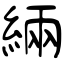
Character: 緉